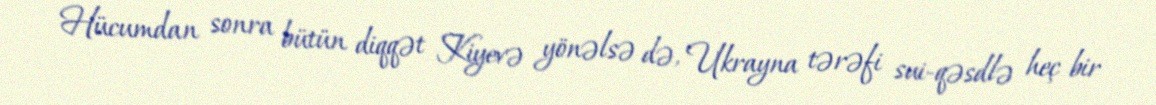
Hücumdan sonra bütün diqqət Kiyevə yönəlsə də, Ukrayna tərəfi sui-qəsdlə heç bir